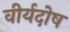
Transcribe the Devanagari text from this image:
वीर्यदोष